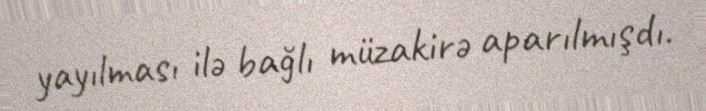
yayılması ilə bağlı müzakirə aparılmışdı.